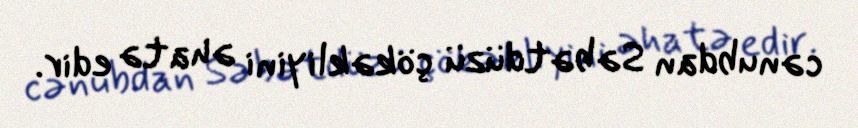
cənubdan Səbətdüzü çökəkliyini əhatə edir.